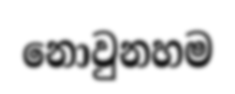
නොවුනහම